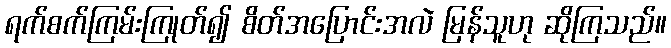
ရက်စက်ကြမ်းကြုတ်၍ စိတ်အပြောင်းအလဲ မြန်သူဟု ဆိုကြသည်။